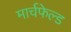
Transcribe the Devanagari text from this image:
मार्चफेल्ड